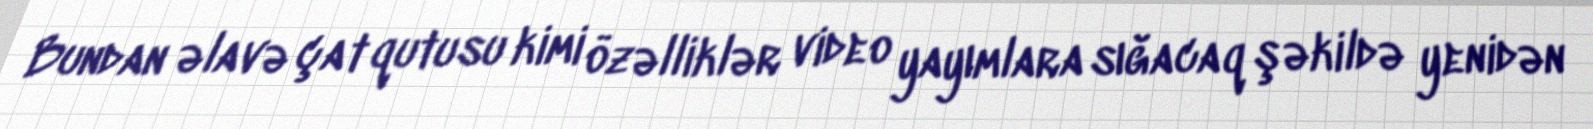
Bundan əlavə çat qutusu kimi özəlliklər video yayımlara sığacaq şəkildə yenidən